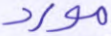
مورد